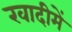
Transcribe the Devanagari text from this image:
खादीमें